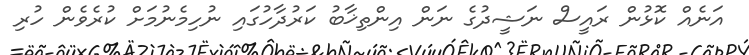
އަނެއް ކޮޅުން ރައީސް ނަޝީދުގެ ނަން އިންތިޚާބު ކަރުދާހުގައި ނުހިމެނުމަށް ކުރެވެން ހުރި